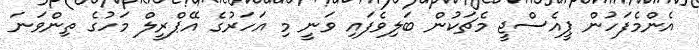
އެންމެފަހުން ޕީއެސްޖީ މެޗަކުން ބަލިވެފައި ވަނީ މި އަހަރުގެ އޭޕްރީލް މަހުގެ ތިންވަނަ